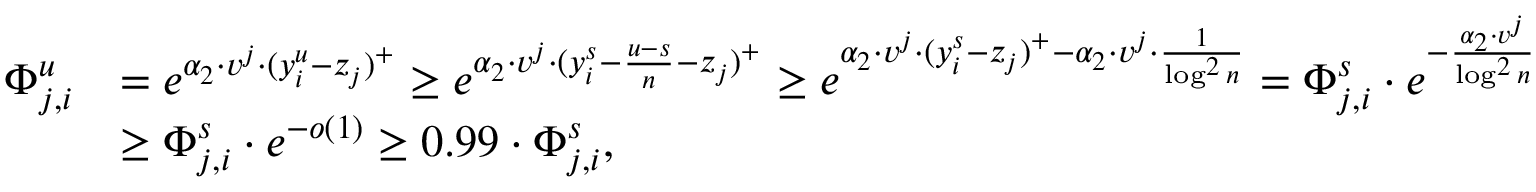
\begin{array} { r l } { \Phi _ { j , i } ^ { u } } & { = e ^ { \alpha _ { 2 } \cdot v ^ { j } \cdot ( y _ { i } ^ { u } - z _ { j } ) ^ { + } } \geq e ^ { \alpha _ { 2 } \cdot v ^ { j } \cdot ( y _ { i } ^ { s } - \frac { u - s } { n } - z _ { j } ) ^ { + } } \geq e ^ { \alpha _ { 2 } \cdot v ^ { j } \cdot ( y _ { i } ^ { s } - z _ { j } ) ^ { + } - \alpha _ { 2 } \cdot v ^ { j } \cdot \frac { 1 } { \log ^ { 2 } n } } = \Phi _ { j , i } ^ { s } \cdot e ^ { - \frac { \alpha _ { 2 } \cdot v ^ { j } } { \log ^ { 2 } n } } } \\ & { \geq \Phi _ { j , i } ^ { s } \cdot e ^ { - o ( 1 ) } \geq 0 . 9 9 \cdot \Phi _ { j , i } ^ { s } , } \end{array}